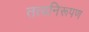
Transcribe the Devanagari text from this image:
तत्वनिरूपण